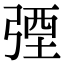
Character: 㢾